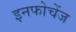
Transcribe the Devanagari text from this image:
इनफोचेंज